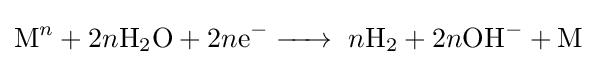
{\ce {M}}^{n}+2n{\ce {H2O}}+2n{\ce {e- ->}}\ n{\ce {H2}}+2n{\ce {OH- + M}}